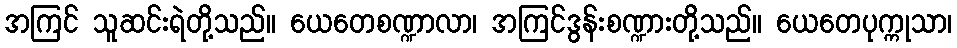
အကြင် သူဆင်းရဲတို့သည်။ ယေတေစဏ္ဍာလာ၊ အကြင်ဒွန်းစဏ္ဍားတို့သည်။ ယေတေပုက္ကုသာ၊